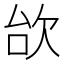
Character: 㰧